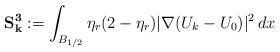
LaTeX: \begin{align*}\mathbf{S^3_{k}}:= \int_{B_{1/2}}\eta_r(2-\eta_r) |\nabla (U_k-U_0)|^2\,dx \end{align*}